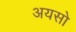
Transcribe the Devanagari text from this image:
अयसो